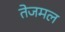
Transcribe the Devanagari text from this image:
तेजमल